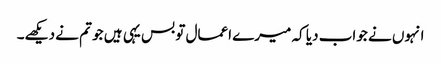
انہوں نے جواب دیا کہ میرے اعمال تو بس یہی ہیں جو تم نے دیکھے۔